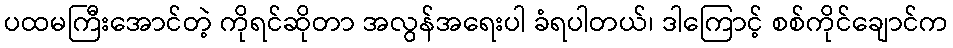
ပထမကြီးအောင်တဲ့ ကိုရင်ဆိုတာ အလွန်အရေးပါ ခံရပါတယ်၊ ဒါကြောင့် စစ်ကိုင်ချောင်က